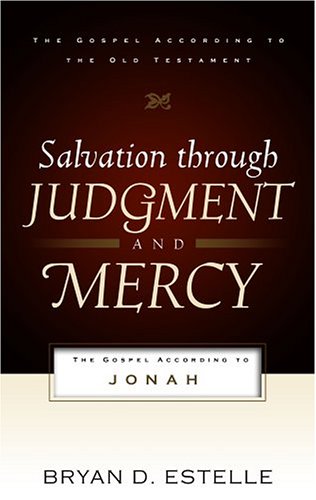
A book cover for Salvation Through Judgment and Mercy: The Gospel According to Jonah (The Gospel According to the Old Testament); Bryan D. Estelle; Christian Books & Bibles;